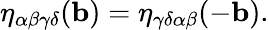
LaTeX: \eta_{\alpha\beta\gamma\delta}(\mathbf{b})=\eta_{\gamma\delta\alpha\beta}(-\mathbf{b}).